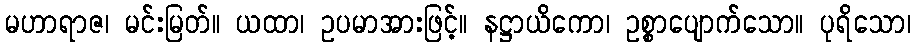
မဟာရာဇ၊ မင်းမြတ်။ ယထာ၊ ဥပမာအားဖြင့်။ နဋ္ဌာယိကော၊ ဥစ္စာပျောက်သော။ ပုရိသော၊